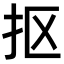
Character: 抠